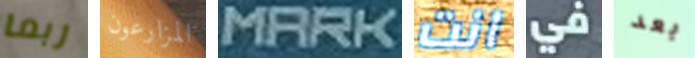
ربما المزارعون MARK انت في بعد